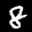
Label: 8